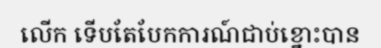
លើក ទើបតែបែកការណ៍ជាប់ខ្នោះបាន